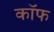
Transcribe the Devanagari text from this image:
कॉफ